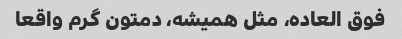
فوق العاده، مثل همیشه، دمتون گرم واقعا